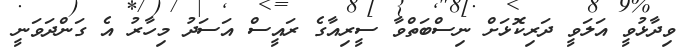
ވިދާޅުވީ އަލަވީ ދަރިކޮޅަށް ނިސްބަތްވާ ސީރިއާގެ ރައީސް އަސަދު މިހާރު އެ ގަންދަވަނީ